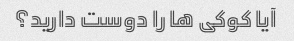
آیا کوکی ها را دوست دارید؟